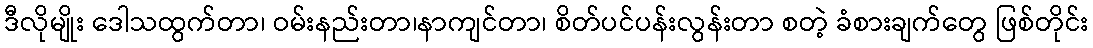
ဒီလိုမျိုး ဒေါသထွက်တာ၊ ဝမ်းနည်းတာ၊နာကျင်တာ၊ စိတ်ပင်ပန်းလွန်းတာ စတဲ့ ခံစားချက်တွေ ဖြစ်တိုင်း